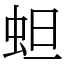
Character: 䖧